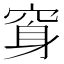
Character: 䆤